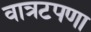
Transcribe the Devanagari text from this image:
वात्रटपणा